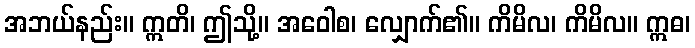
အဘယ်နည်း။ ဣတိ၊ ဤသို့။ အဝေါစ၊ လျှောက်၏။ ကိမိလ၊ ကိမိလ။ ဣဓ၊